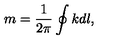
m = { \frac { 1 } { 2 \pi } } \oint k d l ,